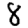
Digit: 8